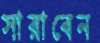
সারাবেন